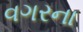
વગરના